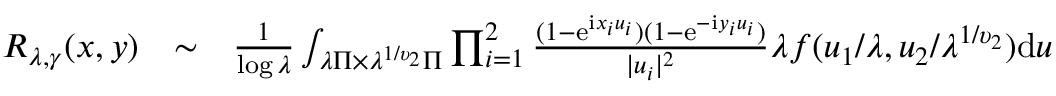
\begin{array} { r l r } { R _ { \lambda , \gamma } ( \boldsymbol { x } , \boldsymbol { y } ) } & { \sim } & { \frac { 1 } { \log \lambda } \int _ { \lambda \Pi \times \lambda ^ { 1 / \upsilon _ { 2 } } \Pi } \prod _ { i = 1 } ^ { 2 } \frac { ( 1 - \mathrm e ^ { \mathrm i x _ { i } u _ { i } } ) ( 1 - \mathrm e ^ { - \mathrm i y _ { i } u _ { i } } ) } { | u _ { i } | ^ { 2 } } \lambda f ( u _ { 1 } / \lambda , u _ { 2 } / \lambda ^ { 1 / \upsilon _ { 2 } } ) \mathrm d \boldsymbol { u } } \end{array}